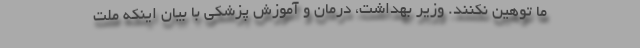
ما توهین نکنند. وزیر بهداشت، درمان و آموزش پزشکی با بیان اینکه ملت